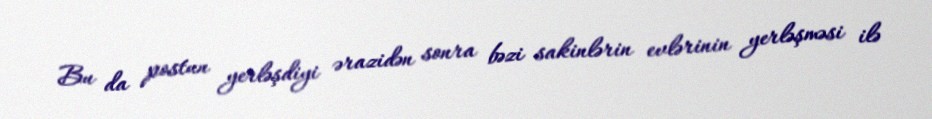
Bu da postun yerləşdiyi ərazidən sonra bəzi sakinlərin evlərinin yerləşməsi ilə